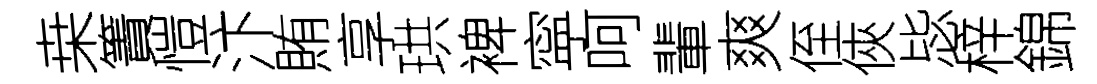
桒簀愷汴賄享珙裨寜呵輩爽侄俠毖梓錦